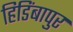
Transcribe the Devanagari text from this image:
हिडिंबापुर